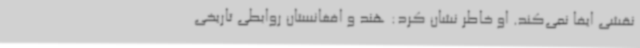
نقشی ایفا نمی‌کند. او خاطر نشان کرد: هند و افغانستان روابطی تاریخی